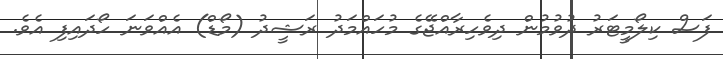
ފަސް ކިލޯމީޓަރު ދުވުމުން ދިވެހިރާއްޖޭގެ މުހައްމަދު ރަޝީދު (މޯޑް) އެއްވަނަ ހޯދައިފި އެވެ.